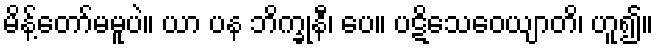
မိန့်တော်မမူပဲ။ ယာ ပန ဘိက္ခုနီ၊ ပေ။ ပဋိသေဝေယျာတိ၊ ဟူ၍။